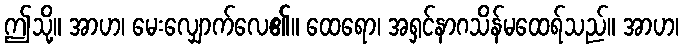
ဤသို့။ အာဟ၊ မေးလျှောက်လေ၏။ ထေရော၊ အရှင်နာဂသိန်မထေရ်သည်။ အာဟ၊